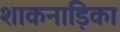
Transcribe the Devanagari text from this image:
शाकनाड़िका